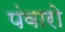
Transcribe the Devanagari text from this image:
पंवारो